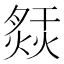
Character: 𤍙